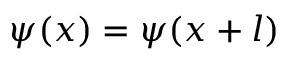
\psi ( x ) = \psi ( x + l )